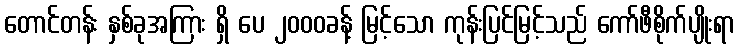
တောင်တန်း နှစ်ခုအကြား ရှိ ပေ ၂၀၀၀ခန့် မြင့်သော ကုန်းပြင်မြင့်သည် ကော်ဖီစိုက်ပျိုးရာ